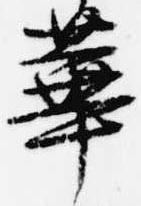
華